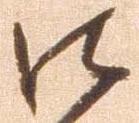
御